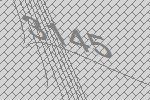
3145